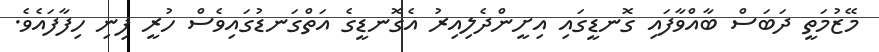
މޭޒުމަތީ ދަބަސް ބާއްވާފައި ގޮނޑީގައި އިށީންދެލިއިރު އެގޮނޑީގެ އަތްގަނޑުގައިވެސް ހުރީ ފިނި ހިފާފައެވެ.